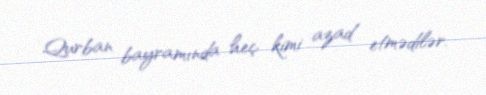
Qurban bayramında heç kimi azad etmədilər.